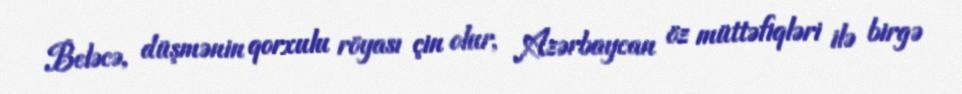
Beləcə, düşmənin qorxulu röyası çin olur, Azərbaycan öz müttəfiqləri ilə birgə